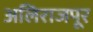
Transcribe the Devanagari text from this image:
अलिराजपूर